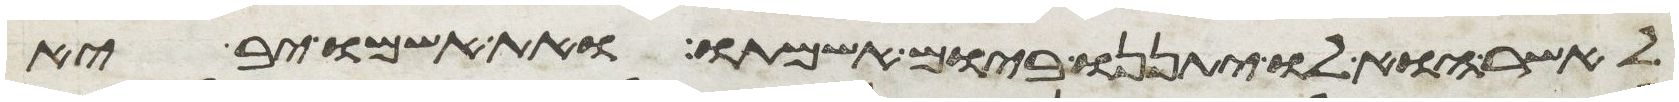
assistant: לאשר הוא לו יתננו ביום אשמתו ואת אשמו יביא